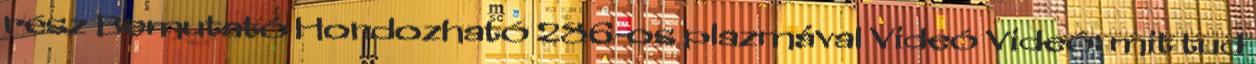
rész Bemutató Hordozható 286-os plazmával Videó Videó: mit tud